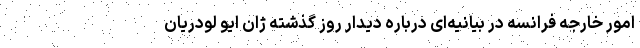
امور خارجه فرانسه در بیانیه‌ای درباره دیدار روز گذشته ژان ایو لودریان